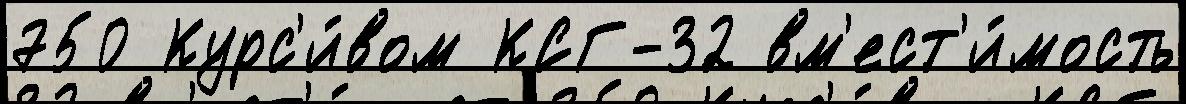
750 Курс'и́вом КСГ-32 вм'ест'и́мость